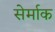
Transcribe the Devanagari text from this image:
सेर्माक